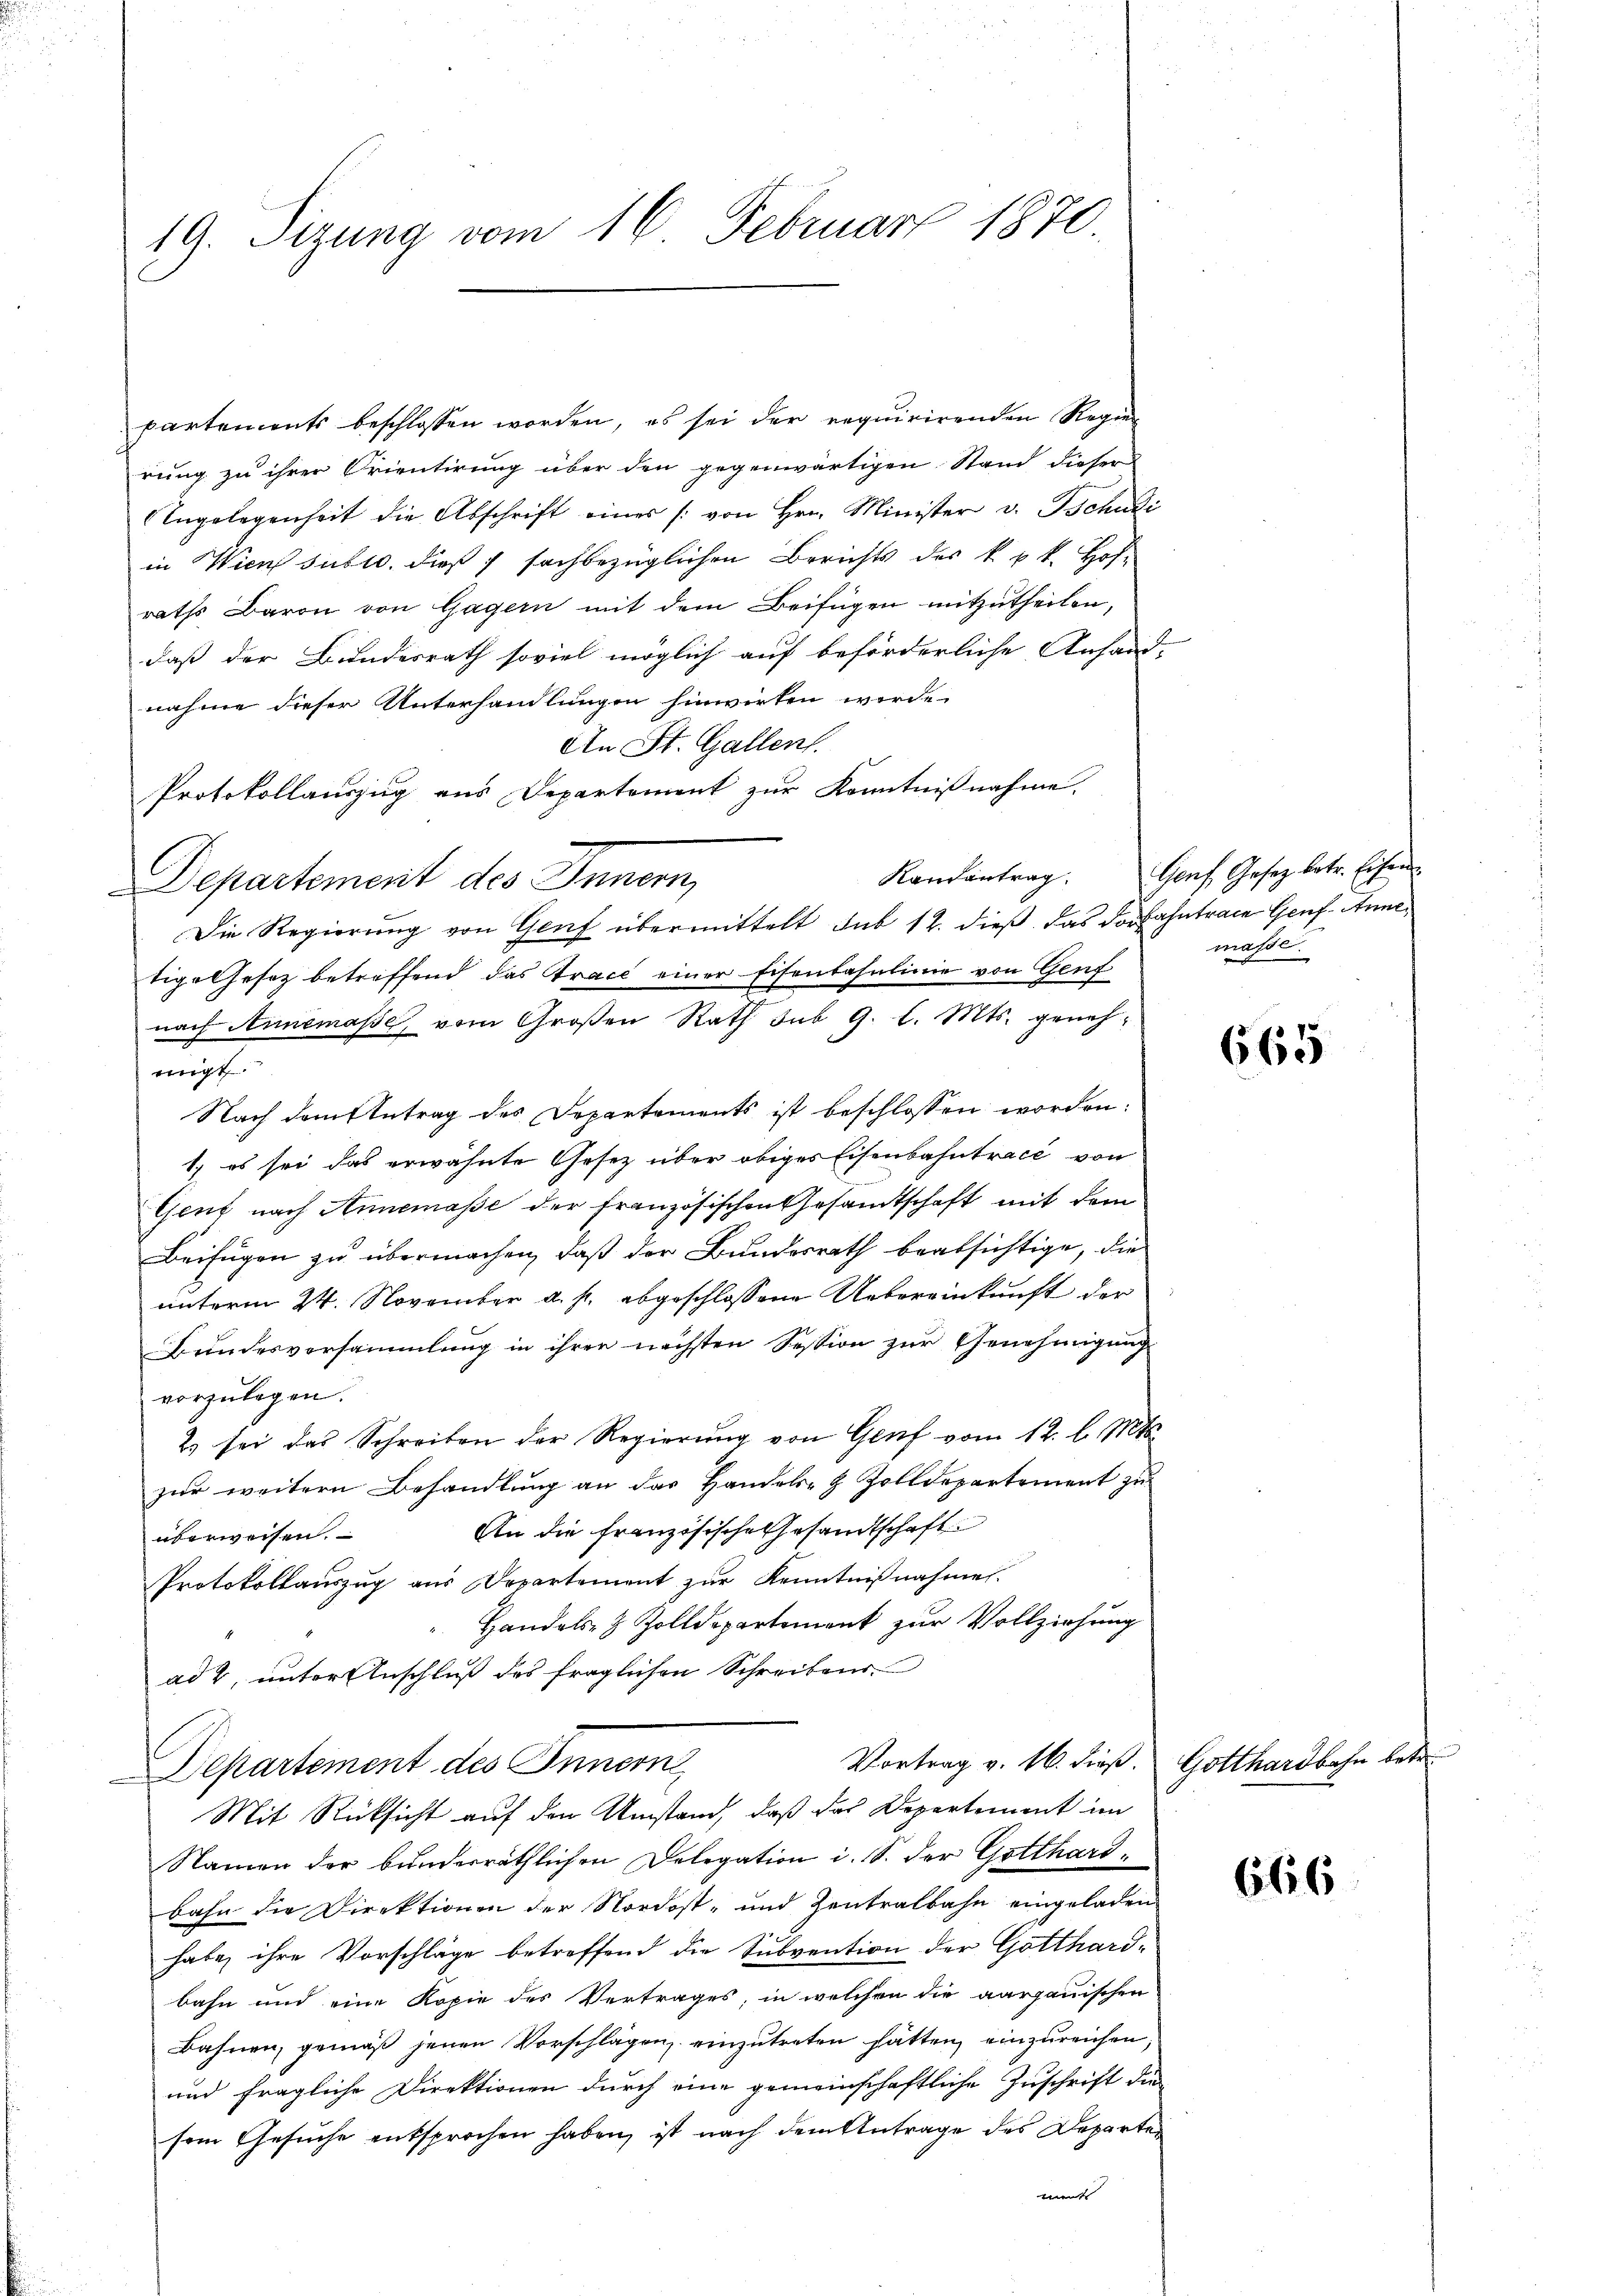
19. Sizung vom 16. Februar 1870.

partements beschlossen worden, es sei der requirirenden Regier
rung zu ihrer Orientirung über den gegenwärtigen Stand dieser
Angelegenheit die Abschrift eines /: von Hrn. Minister v. Tschudi
in Wien suble, dieß sachbezüglichen Berichts des k. k. k. Hof-
raths Baron von Gagern mit dem Beifügen mitzutheilen,
daß der Bundesrath soviel möglich auf beförderliche Anfand-
nahme dieser Unterhandlungen hinwirken werde.
An St. Gallen.
Protokollauszug aus Departement zur Kenntnißnahme.
Departement des Innern,
Die Regierung von Genf übermittelt sub 12. dieß das Dorfahntrage Genf. Annetige Gesetz betreffend das Trace einer Eisentasulinie von Genf
nach Annemasse, vom Großen Rath sub 9. l. Mts. genehmigt.
Nach dem Antrag des Departements ist beschlossen worden:
1. es sei das erwähnte Gesetz über obiges Eisenbahntract von
Genf nach Annemasse der französischen Gesandtschaft mit dem
Beifügen zu übermachen, daß der Bundesrath beabsichtige, die
unterm 24. November a. p. abgeschlossene Uebereinkunft der
Bundesversammlung in ihrer nächsten Session zur Genehmigung
vorzulegen.
2) sei das Schreiben der Regierŭng von Genf vom 12. l. Mts.
zur weitern Behandlung an das Handels- & Zolldepartement zu
An die französische Gesandtschaft
überweisen.
Protokollauszug aus Departement zur Kenntnißnahme.
Handels- & Zolldepartement zur Vollziehung
ad 2, unter Anschluß des fraglichen Schreibens
Vortrag v. 16. dieß. Gotthardbahn betr.
Departement des Innern
Mit Rücksicht auf den Umstand, daß das Departement im
Namen der bunderräthlichen Delegation i. S. der Gotthardbahn die Direktionen der Nordost- und Zentralbahn eingeladen
habe ihre Vorschläge betreffend die Subvention der Gotthardbahn und eine Kopie des Vertrages, in welchen die aargauischen
Bahnen, gemäß jenen Vorschlägen einzutreten hätten, einzureichen,
und fragliche Direktionen durch eine gemeinschaftliche Zuschrift die
sem Gesuche entsprochen haben, ist nach dem Antrage des Departen
mmts

Randantrag. Auf Gesez betr. Eisen
masse.

665

6616